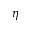
\eta